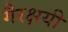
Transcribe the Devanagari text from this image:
गैरक्षयी